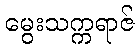
မွေးသက္ကရာဇ်